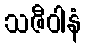
သဇီဝါနံ